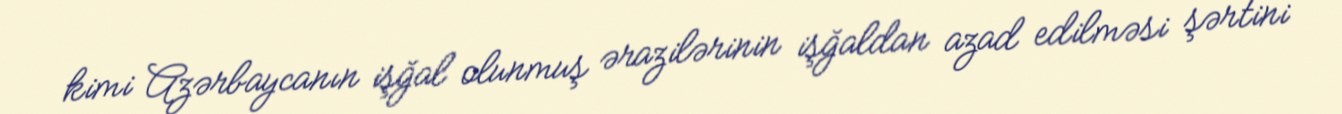
kimi Azərbaycanın işğal olunmuş ərazilərinin işğaldan azad edilməsi şərtini